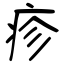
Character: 疹